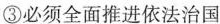
③必须全面推进依法治国